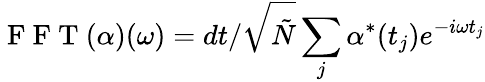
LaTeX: \mathrm{~F~F~T~}(\alpha)(\omega)=dt/\sqrt{\tilde{N}}\sum_{j}\alpha^{*}(t_{j})e^{-i\omega t_{j}}